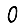
Digit: 0